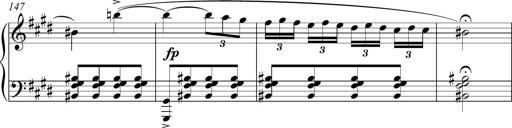
Title: Funeral March and Sonatina
Composer: Thomas Hellemans
Key: C-sharp minor